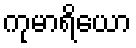
ကုမာရိယော